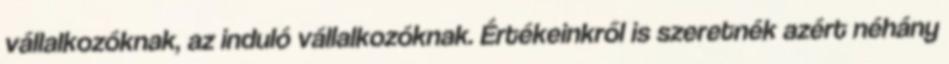
vállalkozóknak, az induló vállalkozóknak. Értékeinkről is szeretnék azért néhány